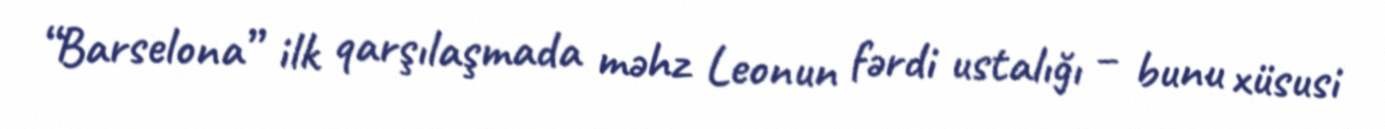
“Barselona” ilk qarşılaşmada məhz Leonun fərdi ustalığı – bunu xüsusi